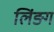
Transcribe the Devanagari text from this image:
लिंङग